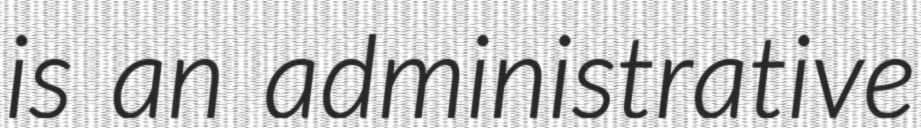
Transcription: is an administrative